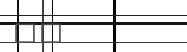
١٦